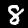
Label: 8